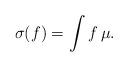
LaTeX: \begin{align*} \sigma(f) = \int f \, \mu.\end{align*}